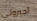
أجبروني